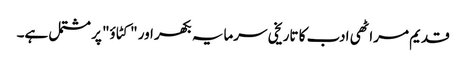
قدیم مراٹھی ادب کا تاریخی سرمایہ بکھر اور "کٹاؤ" پر مشتمل ہے۔